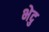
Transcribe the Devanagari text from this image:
भेदु